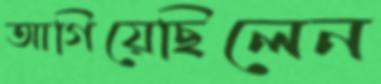
আগিয়েছিলেন